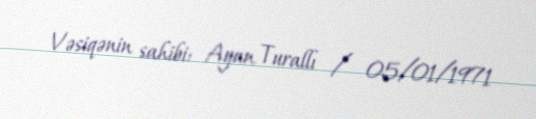
Vəsiqənin sahibi: Ayan Turallı / 05/01/1971